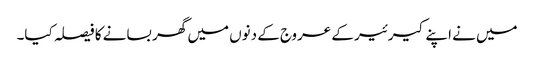
میں نے اپنے کیرئیر کے عروج کے دنوں میں گھر بسانے کا فیصلہ کیا۔